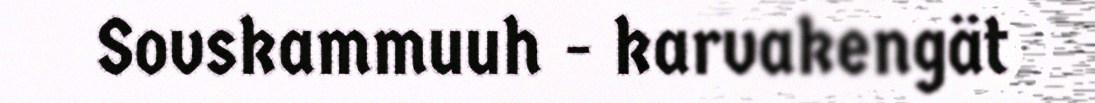
Sovskammuuh - karvakengät